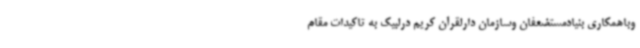
وباهمکاری بنیادمستضعفان وسازمان دارلقرآن کریم درلبیک به تاکیدات مقام